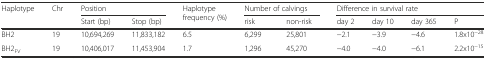
<table><thead><tr><td rowspan="2"><b>Haplotype</b></td><td rowspan="2"><b>Chr</b></td><td colspan="2"><b>Position</b></td><td rowspan="2"><b>Haplotype frequency (%)</b></td><td colspan="2"><b>Number of calvings</b></td><td colspan="4"><b>Difference in survival rate</b></td></tr><tr><td><b>Start (bp)</b></td><td><b>Stop (bp)</b></td><td><b>risk</b></td><td><b>non-risk</b></td><td><b>day 2</b></td><td><b>day 10</b></td><td><b>day 365</b></td><td><b>P</b></td></tr></thead><tbody><tr><td>BH2</td><td>19</td><td>10,694,269</td><td>11,833,182</td><td>6.5</td><td>6,299</td><td>25,801</td><td>−2.1</td><td>−3.9</td><td>−4.6</td><td>1.8x10<sup>−28</sup></td></tr><tr><td>BH2<sub>FV</sub></td><td>19</td><td>10,406,017</td><td>11,453,904</td><td>1.7</td><td>1,296</td><td>45,270</td><td>−4.0</td><td>−4.0</td><td>−6.1</td><td>2.2x10<sup>−15</sup></td></tr></tbody></table>